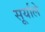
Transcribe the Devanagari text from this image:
सूर्याले